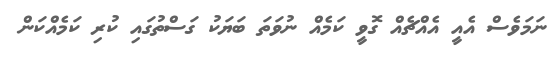
ނަމަވެސް އެއީ އެއްޗެއް ގޮވީ ކަމެއް ނުވަތަ ބަޔަކު ގަސްތުގައި ކުރި ކަމެއްކަން